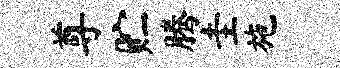
尊贮腾圭施